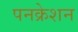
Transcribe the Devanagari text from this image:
पनक्रेशन